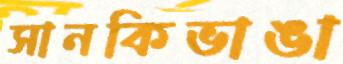
সানকিভাঙা